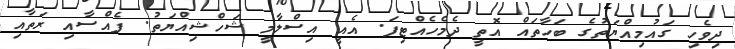
ދިވެހި ގައުމިއްޔަތުގެ ބަހާތައް އޮތީ ދެމެހެއްޓިފަ. އެއީ އިސްލާމީ ޝަހްޝިއްޔަތު. ފެއްސާއި ރަތާއި